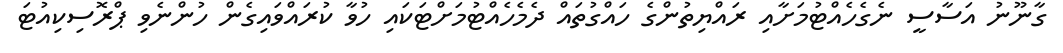
ގާނޫނު އަސާސީ ނެގެހެއްޓުމަށާއި ރައްޔިތުންގެ ހައްގުތައް ދެމެހެެއްޓުމަށްޓަކައި ހުވާ ކުރައްވައިގެން ހުންނެވި ޕްރޮސިކިއުޓަ